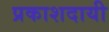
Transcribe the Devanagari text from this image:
प्रकाशदायी